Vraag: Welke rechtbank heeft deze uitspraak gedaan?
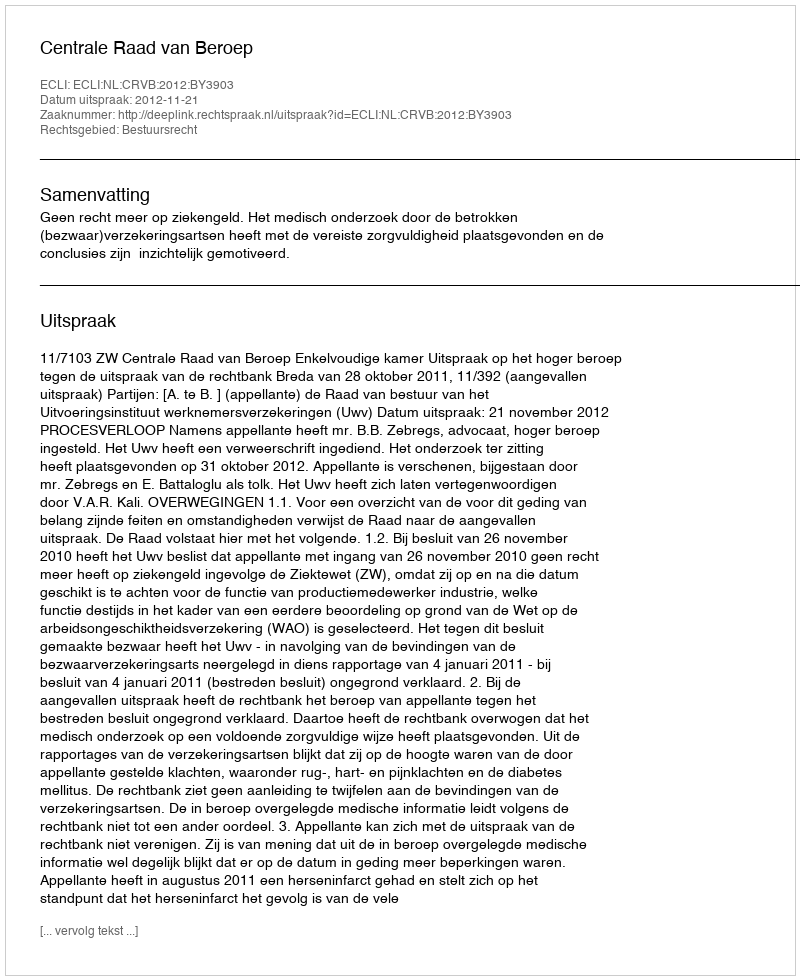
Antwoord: Centrale Raad van Beroep